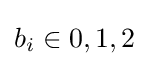
b_{i}\in {0,1,2}